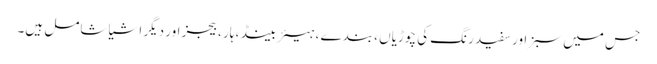
جس میں سبز اور سفید رنگ کی چوڑیاں ، بندے ، ہیئر بینڈ ، ہار ، بیجز اور دیگر اشیا شامل ہیں۔